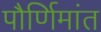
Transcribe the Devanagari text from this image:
पौर्णिमांत